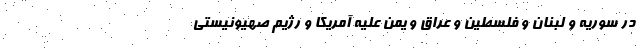
در سوریه و لبنان و فلسطین و عراق و یمن علیه آمریکا و رژیم صهیونیستی